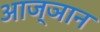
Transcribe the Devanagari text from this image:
आज्ञान